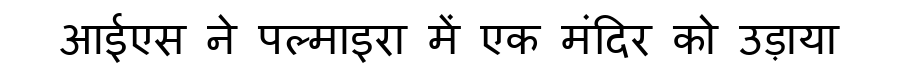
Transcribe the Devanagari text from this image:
आईएस ने पल्माइरा में एक मंदिर को उड़ाया